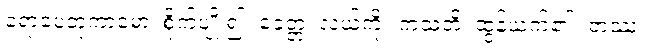
ရောပေတုကာမော၊ စိုက်ပျိုး၍။ ခေတ္တံ၊ လယ်ကို။ ကသတိ၊ ထွန်ယက်၏။ တဿ၊